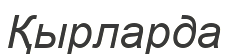
Қырларда